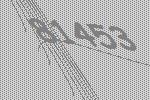
81453